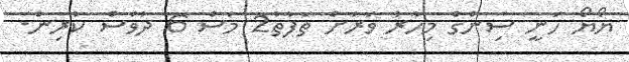
ޔޯޔޯ ހަނީ ސިންގް މިހާރު ވަރަށް ތަފާތު2 މަސް 6 ދުވަސް ކުރިން.